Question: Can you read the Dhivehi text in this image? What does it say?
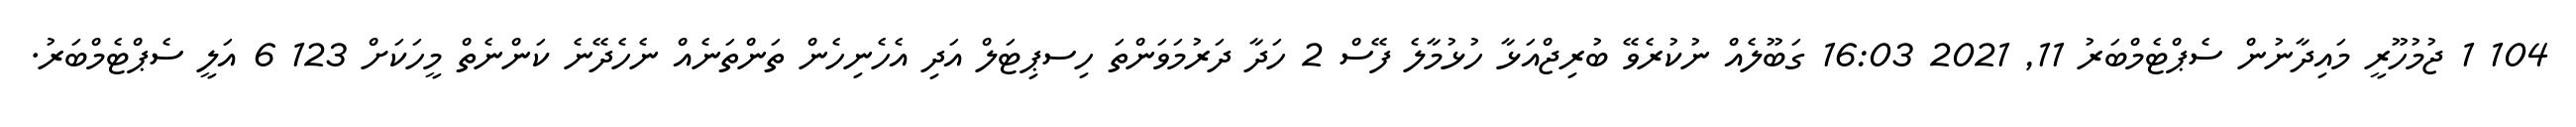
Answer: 104 1 ޖުމުހޫރީ މައިދާނުން ސެޕްޓެމްބަރު 11, 2021 16:03 ގަބޫލެއް ނުކުރެވޭ ބުރިޖްއަޅާ ހުޅުމާލެ ފޭސް 2 ހަދާ ދަރުމަވަންތަ ހިސޕިޓަލް އަދި އެހެނިހެން ތަންތަނެއް ނެހެދޭނެ ކަންނެތް މީހަކަށް 123 6 އަލީ ސެޕްޓެމްބަރު.